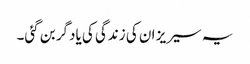
یہ سیریز ان کی زندگی کی یادگر بن گئی۔